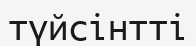
түйсінтті